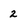
Character: 2